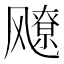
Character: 𬲅